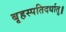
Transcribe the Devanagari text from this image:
बृहस्पतिदर्धातु॥